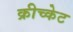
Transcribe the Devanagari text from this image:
क्रीच्केट